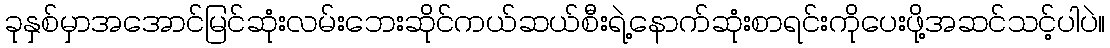
ခုနှစ်မှာအအောင်မြင်ဆုံးလမ်းဘေးဆိုင်ကယ်ဆယ်စီးရဲ့နောက်ဆုံးစာရင်းကိုပေးဖို့အဆင်သင့်ပါပဲ။